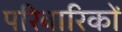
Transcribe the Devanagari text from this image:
परिवारिकों